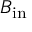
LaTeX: B _ { \mathrm { i n } }